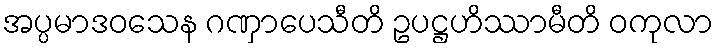
အပ္ပမာဒဝသေန ဂဏှာပေသီတိ ဥပဋ္ဌဟိဿာမီတိ ဝကုလာ